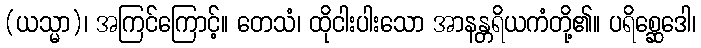
(ယသ္မာ)၊ အကြင်ကြောင့်။ တေသံ၊ ထိုငါးပါးသော အာနန္တရိယကံတို့၏။ ပရိစ္ဆေဒေါ၊